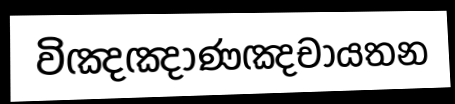
විඤඤාණඤචායතන